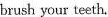
brush your teeth.